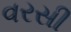
વરસી